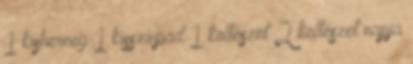
1 kisherceg 1 kisszínpad 1 költészet 2 költészet napja